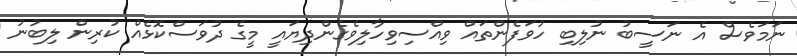
ނަމަވެސް އެ ނަސީބު ނުލިބި ހުވަފެންތައް ވިއްސިވިހާލިވެގެންދިޔައީ މީގެ ދުވަސްކޮޅެއް ކުރިން ލިބުނު